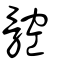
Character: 𩩝